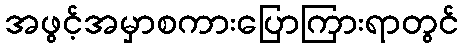
အဖွင့်အမှာစကားပြောကြားရာတွင်